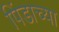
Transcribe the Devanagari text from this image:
पिंडाच्या